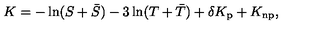
K = - \ln ( S + \bar { S } ) - 3 \ln ( T + \bar { T } ) + \delta K _ { \mathrm { p } } + K _ { \mathrm { n p } } ,